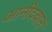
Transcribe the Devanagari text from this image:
आनीदवातं